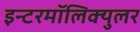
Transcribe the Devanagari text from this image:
इन्टरमॉलिक्युलर